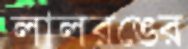
লালরঙের